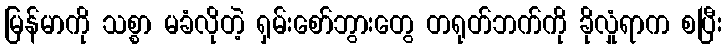
မြန်မာကို သစ္စာ မခံလိုတဲ့ ရှမ်းစော်ဘွားတွေ တရုတ်ဘက်ကို ခိုလှုံရာက စပြီး